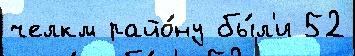
челкм райо́ну бы́л'и 52